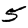
Digit: 5